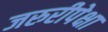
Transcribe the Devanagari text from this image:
जरुरीपेक्षा